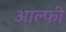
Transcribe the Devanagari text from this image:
आल्फी